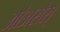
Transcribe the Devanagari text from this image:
ओअसेस्